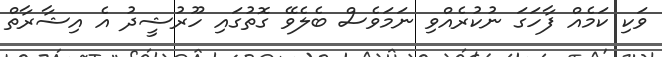
ވަކި ކަމެއް ފާހަގަ ނުކުރެއްވި ނަމަވެސް ބެލެވޭ ގޮތުގައި ހޫރުޝީދު އެ އިޝާރާތް